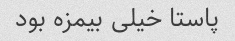
پاستا خیلی بیمزه بود